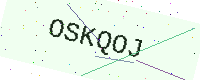
Text: OSKQOJ